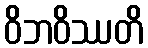
ဝိဘဝိဿတိ